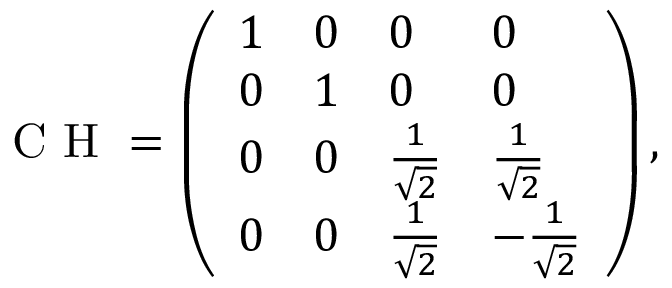
\mathrm { ~ C ~ H ~ } = \left( \begin{array} { l l l l } { 1 } & { 0 } & { 0 } & { 0 } \\ { 0 } & { 1 } & { 0 } & { 0 } \\ { 0 } & { 0 } & { \frac { 1 } { \sqrt { 2 } } } & { \frac { 1 } { \sqrt { 2 } } } \\ { 0 } & { 0 } & { \frac { 1 } { \sqrt { 2 } } } & { - \frac { 1 } { \sqrt { 2 } } } \end{array} \right) ,